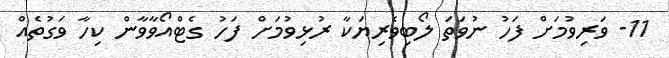
11- ވަރިވުމަށް ފަހު ނުވަތަ ލޯބިވެރިޔަކާ ރުޅިވުމަށް ފަހު ގެޓްއޯވާވާން ކިހާ ވަގުތެއް